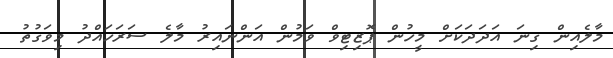
މާލެއިން ގިނަ އަދަދަކަށް މީހުން ޕޮޒިޓިވް ވަމުން އަންނައިރު މާލެ ސަރަހައްދު މިވަގުތު